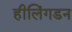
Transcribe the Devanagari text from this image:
हीलिंगडन